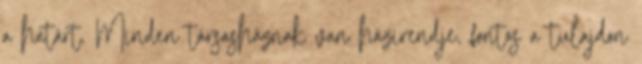
a határt. Minden társasháznak van házirendje, fontos a tulajdon